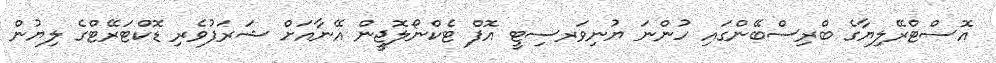
އޮސްޓްރޭލިޔާގެ ބްރިސްބޭންގައި ހުންނަ ޔުނިވަރސިޓީ އޮފް ޓެކްނޯލޮޖީން އޭނާއަށް ޝަރަފުވެރި ޑޮކްޓަރޭޓްގެ ލިޔުން